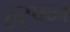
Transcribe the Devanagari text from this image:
ल्स्फ्ब्न